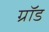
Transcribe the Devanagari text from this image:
ग्रॉड